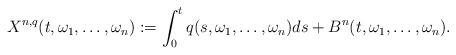
LaTeX: \begin{align*}X^{n,q}(t,\omega_1,\ldots,\omega_n) := \int_0^tq(s,\omega_1,\ldots,\omega_n)ds + B^n(t,\omega_1,\ldots,\omega_n).\end{align*}